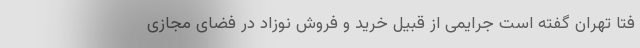
فتا تهران گفته است جرایمی از قبیل خرید و فروش نوزاد در فضای مجازی